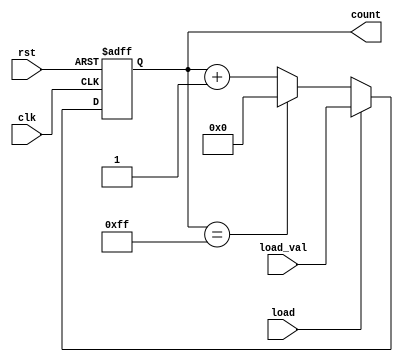
module loadable_counter (
    input wire clk,          // Clock signal
    input wire rst,          // Reset signal
    input wire load,         // Load signal
    input wire [7:0] load_val, // Value to load into the counter
    output reg [7:0] count   // Current counter value
);

    // Define maximum and minimum values for the counter
    localparam MAX_COUNT = 8'hFF; // 255 in decimal
    localparam MIN_COUNT = 8'h00; // 0 in decimal

    // Always block for synchronous operations
    always @(posedge clk or posedge rst) begin
        if (rst) begin
            // Asynchronous reset
            count <= MIN_COUNT; // Reset counter to minimum value
        end else if (load) begin
            // Load new value into counter
            count <= load_val; // Load value when load signal is asserted
        end else begin
            // Increment counter
            if (count == MAX_COUNT) begin
                count <= MIN_COUNT; // Wrap around to minimum value
            end else begin
                count <= count + 1; // Increment the counter
            end
        end
    end

endmodule